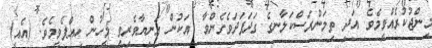
މިންޖުކުރެއްވީމެވެ. އަދި ތިމަންރަސްކަލާނގެ ގަދަފަދަވެގެންވާ  އަކުން އަނިޔާވެރިވީ މީހުން ހިއްޕެވީމެވެ. (އެއީ)